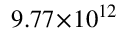
9 . 7 7 \! \times \! 1 0 ^ { 1 2 }